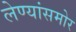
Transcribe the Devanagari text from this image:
लेण्यांसमोर